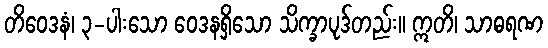
တိဝေဒနံ၊ ၃-ပါးသော ဝေဒနရှိသော သိက္ခာပုဒ်တည်း။ ဣတိ၊ သာဓရဏ